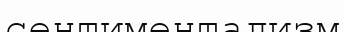
сентиментализм